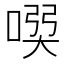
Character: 𠸇